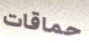
حماقات